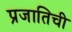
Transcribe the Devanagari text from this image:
प्रजातिची